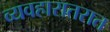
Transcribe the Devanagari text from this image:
व्यवहारातरात